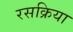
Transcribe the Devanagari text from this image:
रसक्रिया